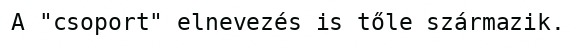
A "csoport" elnevezés is tőle származik.